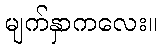
မျက်နှာကလေး။